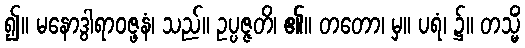
၍။ မနောဒွါရာဝဇ္ဖနံ၊ သည်။ ဥပ္ပဇ္ဇတိ၊ ၏။ တတော၊ မှ။ ပရံ၊ ၌။ တသ္မိံ